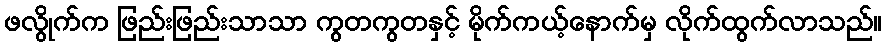
ဖလွိုက်က ဖြည်းဖြည်းသာသာ ကွတကွတနှင့် မိုက်ကယ့်နောက်မှ လိုက်ထွက်လာသည်။